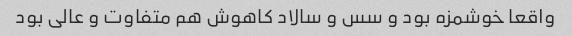
واقعا خوشمزه بود و سس و سالاد کاهوش هم متفاوت و عالی بود